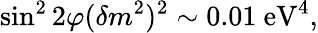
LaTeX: \sin^{2}2\varphi(\delta m^{2})^{2}\sim 0.01\mathrm{~eV}^{4},